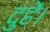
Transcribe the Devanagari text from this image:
दुहें।